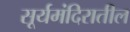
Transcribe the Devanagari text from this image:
सूर्यमंदिरातील